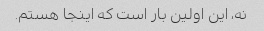
نه، این اولین بار است که اینجا هستم.